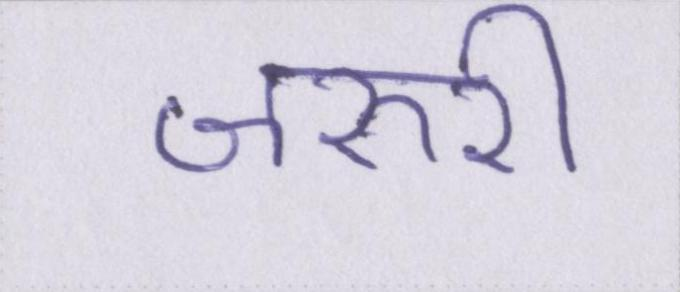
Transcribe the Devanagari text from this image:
जरुरी